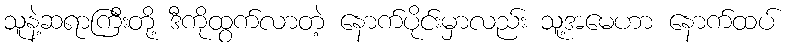
သူနဲ့ဆရာကြီးတို့ ဒီကိုထွက်လာတဲ့ နောက်ပိုင်းမှာလည်း သူ့အမေဟာ နောက်ထပ်